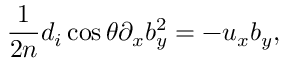
\frac { 1 } { 2 n } d _ { i } \cos \theta \partial _ { x } b _ { y } ^ { 2 } = - u _ { x } b _ { y } ,